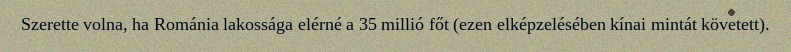
Szerette volna, ha Románia lakossága elérné a 35 millió főt (ezen elképzelésében kínai mintát követett).